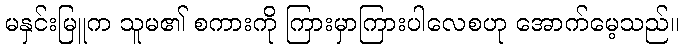
မနှင်းမြူက သူမ၏ စကားကို ကြားမှာကြားပါလေစဟု အောက်မေ့သည်။